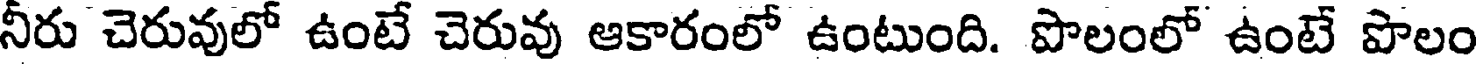
నీరు చెరువులో ఉంటే చెరువు ఆకారంలో ఉంటుంది. పొలంలో ఉంటే పొలం